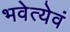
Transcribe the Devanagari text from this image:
भवेत्येवं